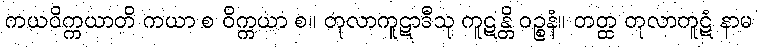
ကယဝိက္ကယာတိ ကယာ စ ဝိက္ကယာ စ။ တုလာကူဋာဒီသု ကူဋန္တိ ဝဉ္စနံ။ တတ္ထ တုလာကူဋံ နာမ